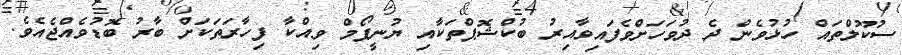
ސުކޫލްތައް ހުޅުވެން ދެ ދުވަހަށްވެފައިވާއިރު ބުކްޝޮޕްތަކާއި ޔުނީފޯމް ވިއްކާ ފިހާރަތަކަށް ބާރު ބޮޑުވެއްޖެއެވެ.